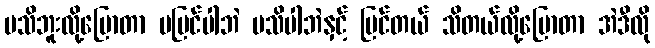
မသိဘူးလို့ပြောတာ မမြင်ပါဘဲ မသိပါဘဲနှင့် မြင်တယ် သိတယ်လို့ပြောတာ အဲဒီလို